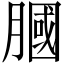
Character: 膕